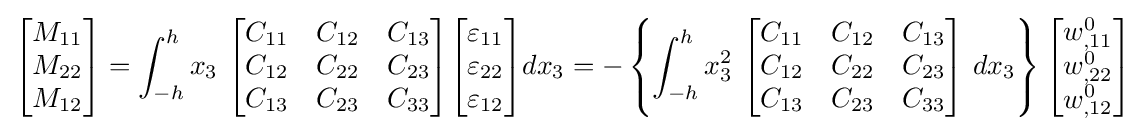
{\begin{bmatrix}M_{11}\\M_{22}\\M_{12}\end{bmatrix}}=\int _{-h}^{h}x_{3}~{\begin{bmatrix}C_{11}&C_{12}&C_{13}\\C_{12}&C_{22}&C_{23}\\C_{13}&C_{23}&C_{33}\end{bmatrix}}{\begin{bmatrix}\varepsilon _{11}\\\varepsilon _{22}\\\varepsilon _{12}\end{bmatrix}}dx_{3}=-\left\{\int _{-h}^{h}x_{3}^{2}~{\begin{bmatrix}C_{11}&C_{12}&C_{13}\\C_{12}&C_{22}&C_{23}\\C_{13}&C_{23}&C_{33}\end{bmatrix}}~dx_{3}\right\}{\begin{bmatrix}w_{,11}^{0}\\w_{,22}^{0}\\w_{,12}^{0}\end{bmatrix}}